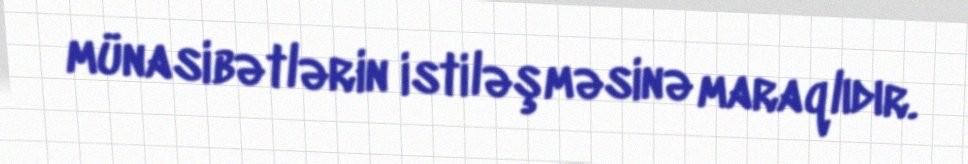
münasibətlərin istiləşməsinə maraqlıdır.